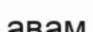
авам